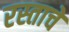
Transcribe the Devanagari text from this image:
रस्ताचे